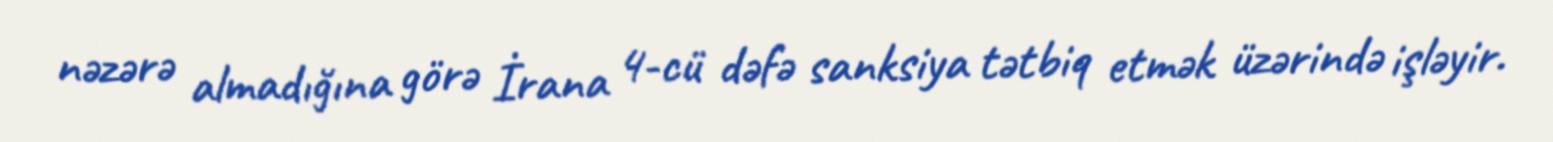
nəzərə almadığına görə İrana 4-cü dəfə sanksiya tətbiq etmək üzərində işləyir.